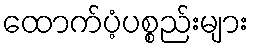
ထောက်ပံ့ပစ္စည်းများ